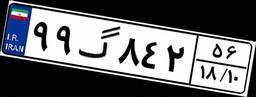
۹۹گ۸۴۲۵۶